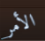
الأمر